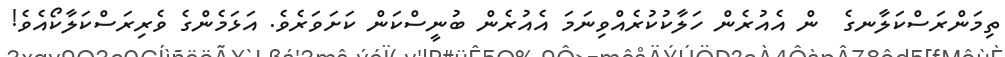
ތިމަންރަސްކަލާނގެ  ން އެއުރެން ހަލާކުކުރެއްވިނަމަ އެއުރެން ބުނީސްކަން ކަށަވަރެވެ. އަޅަމެންގެ ވެރިރަސްކަލާކޯއެވެ!